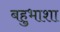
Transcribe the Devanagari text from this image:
बहुभाशा